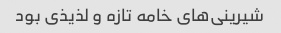
شیرینی‌های خامه تازه و لذیذی بود